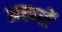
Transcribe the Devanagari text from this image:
अत्तारों